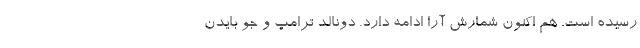
رسیده است. هم اکنون شمارش آرا ادامه دارد. دونالد ترامپ و جو بایدن